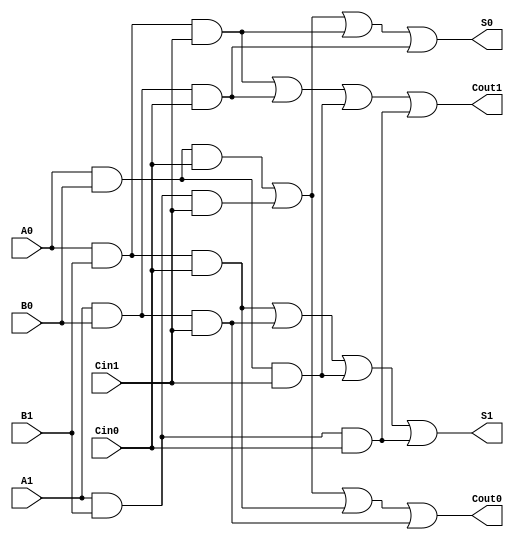
module dual_rail_full_adder (
    input wire A0, A1,   // Dual-rail for input A
    input wire B0, B1,   // Dual-rail for input B
    input wire Cin0, Cin1,// Dual-rail for carry-in
    output wire S0, S1,  // Dual-rail for sum output
    output wire Cout0, Cout1 // Dual-rail for carry-out
);

    // Intermediate signals for sum logic
    wire S0_part1 = A0 & B0 & Cin0;
    wire S0_part2 = A1 & B1 & Cin1;
    wire S0_part3 = A0 & B1 & Cin1;
    wire S0_part4 = A1 & B0 & Cin0;

    wire S1_part1 = A0 & B1 & Cin0;
    wire S1_part2 = A1 & B0 & Cin1;
    wire S1_part3 = A0 & B0 & Cin1;
    wire S1_part4 = A1 & B1 & Cin0;

    // Output logic for Sum
    assign S0 = S0_part1 | S0_part2 | S0_part3 | S0_part4;
    assign S1 = S1_part1 | S1_part2 | S1_part3 | S1_part4;

    // Intermediate signals for carry output logic
    wire Cout0_part1 = A0 & B0 & Cin0;
    wire Cout0_part2 = A1 & B1 & Cin1;
    wire Cout0_part3 = A0 & B1 & Cin0;
    wire Cout0_part4 = A1 & B0 & Cin1;

    wire Cout1_part1 = A0 & B1 & Cin1;
    wire Cout1_part2 = A1 & B0 & Cin0;
    wire Cout1_part3 = A0 & B0 & Cin1;
    wire Cout1_part4 = A1 & B1 & Cin0;

    // Output logic for Carry
    assign Cout0 = Cout0_part1 | Cout0_part2 | Cout0_part3 | Cout0_part4;
    assign Cout1 = Cout1_part1 | Cout1_part2 | Cout1_part3 | Cout1_part4;

endmodule